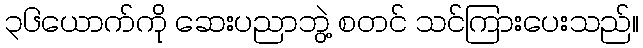
၃၆ယောက်ကို ဆေးပညာဘွဲ့ စတင် သင်ကြားပေးသည်။